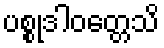
ပစ္စုဒါဝတ္တေသိ